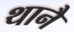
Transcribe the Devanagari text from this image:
थानै